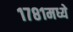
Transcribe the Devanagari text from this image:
१७८१मध्ये